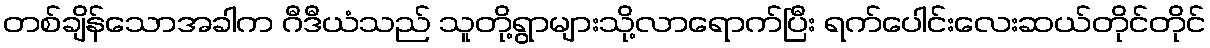
တစ်ချိန်သောအခါက ဂီဒီယံသည် သူတို့ရွာများသို့လာရောက်ပြီး ရက်ပေါင်းလေးဆယ်တိုင်တိုင်